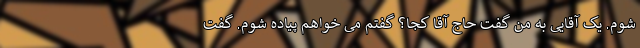
شوم. یک آقایی به من گفت حاج آقا کجا؟ گفتم می خواهم پیاده شوم. گفت